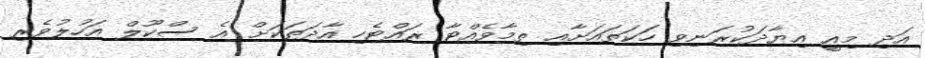
އަދި މިއީ އިޔާދަކުރަނިވި ހަކަތައަށާއި ތިމާވެއްޓާ ރައްޓެހި އާދަތަކަށް އެ ސްކޫލް އަހުލުވެރި